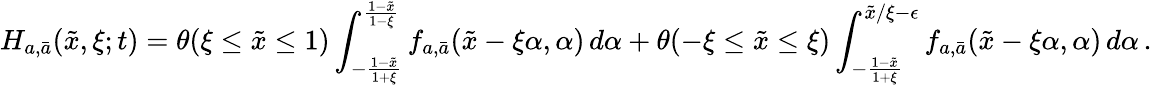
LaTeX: H_{a,\bar{a}}(\tilde{x},\xi;t)=\theta(\xi\leq\tilde{x}\leq 1)\int_{-\frac{1-\tilde{x}}{1+\xi}}^{\frac{1-\tilde{x}}{1-\xi}}f_{a,\bar{a}}(\tilde{x}-\xi\alpha,\alpha)\, d\alpha+\theta(-\xi\leq\tilde{x}\leq\xi)\int_{-\frac{1-\tilde{x}}{1+\xi}}^{\tilde{x}/\xi-\epsilon}f_{a,\bar{a}}(\tilde{x}-\xi\alpha,\alpha)\, d\alpha\, .